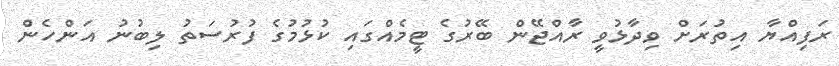
ރަފިއްޔާ އިތުރަށް ވިދާޅުވީ ރާއްޖޭން ބޭރުގެ ޓީމެއްގައި ކުޅުމުގެ ފުރުސަތު ލިބުނު އަންހެން